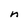
Character: n